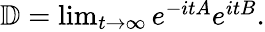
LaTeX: \begin{array}{r}{\mathbb{D}=\operatorname*{lim}_{t\to\infty}e^{-itA}e^{itB}.}\end{array}